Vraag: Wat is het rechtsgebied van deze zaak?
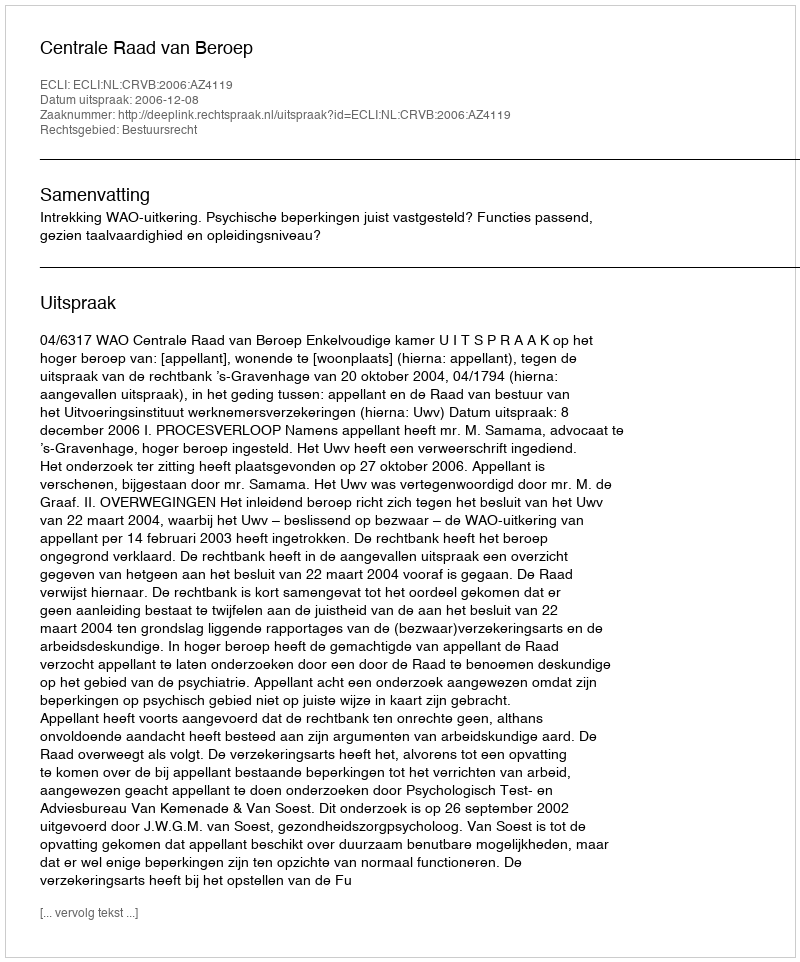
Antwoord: Bestuursrecht